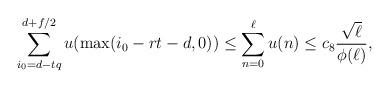
LaTeX: \begin{align*}\sum_{i_0=d-tq}^{d+f/2} u(\max(i_0-rt-d,0))\le \sum_{n=0}^{\ell} u(n) \le c_8 \frac{\sqrt{\ell}}{\phi(\ell)},\end{align*}